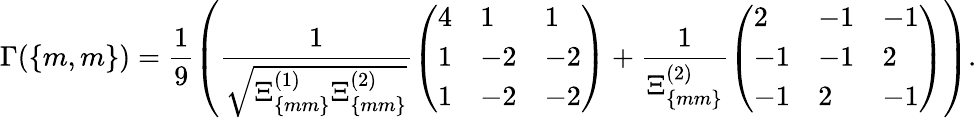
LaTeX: \Gamma(\{ m,m\} )=\frac{1}{9}\left(\frac{1}{\sqrt{\Xi_{\{ mm\} }^{(1)}\Xi_{\{ mm\} }^{(2)}}}\left(\begin{array}{lll}{4}&{1}&{1}\\ {1}&{-2}&{-2}\\ {1}&{-2}&{-2}\end{array}\right)+\frac{1}{\Xi_{\{ mm\} }^{(2)}}\left(\begin{array}{lll}{2}&{-1}&{-1}\\ {-1}&{-1}&{2}\\ {-1}&{2}&{-1}\end{array}\right)\right).